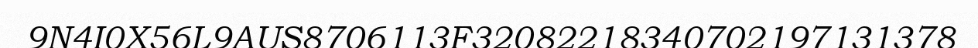
9N4I0X56L9AUS8706113F32082218340702197131378